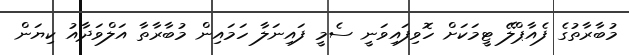
މުބާރާތުގެ ފެއާޕްލޭ ޓީމަކަށް ހޮވިފައިވަނީ ސެމީ ފައިނަލާ ހަމައިން މުބާރާތާ އަލްވަދާއު ކިޔަން